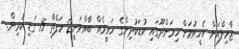
ޒާހިލްއަށް އެހީވުމަށް ހިމަންދޫގައި ކުޑަކުދިންގެ ހަވީރެއް ބާއްވަނީ2 ހަފްތާ 15 ގަޑި ކުރިން.